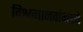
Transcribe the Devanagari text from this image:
विश्वमानवांमध्ये